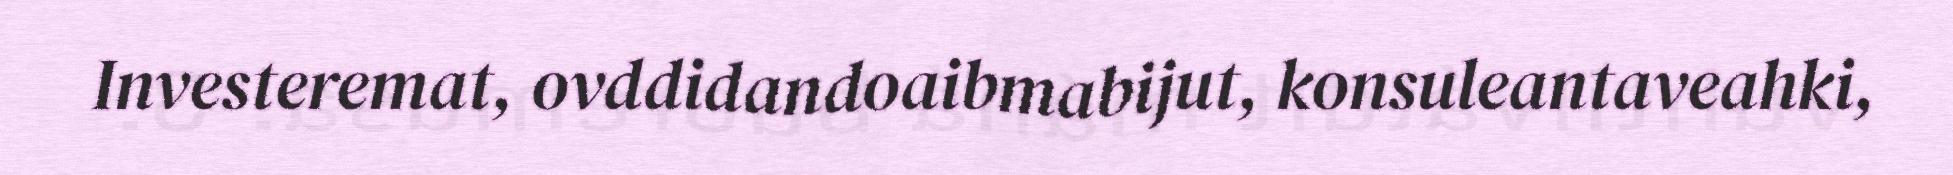
Investeremat, ovddidandoaibmabijut, konsuleantaveahki,